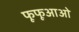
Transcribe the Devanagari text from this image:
फूफूआओ